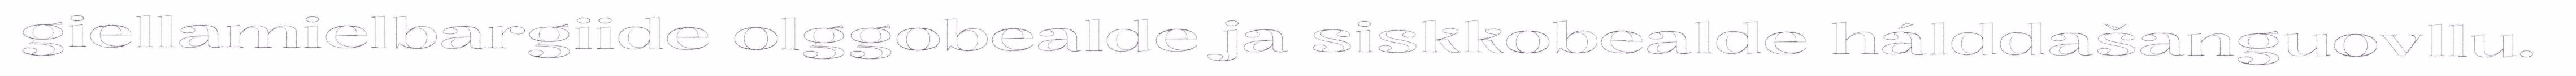
giellamielbargiide olggobealde ja siskkobealde hálddašanguovllu.